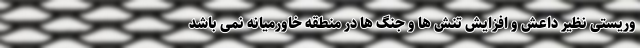
وریستی نظیر داعش و افزایش تنش ها و جنگ ها در منطقه خاورمیانه نمی باشد